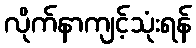
လိုက်နာကျင့်သုံးရန်